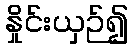
နှိုင်းယှဉ်၍